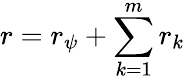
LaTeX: r=r_{\psi}+\sum_{k=1}^{m}r_{k}